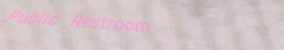
Public Restroom